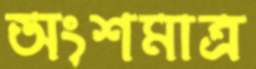
অংশমাত্র